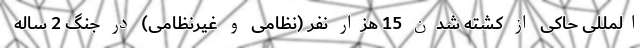
المللی حاکی از کشته شدن 15 هزار نفر (نظامی و غیرنظامی) در جنگ 2 ساله